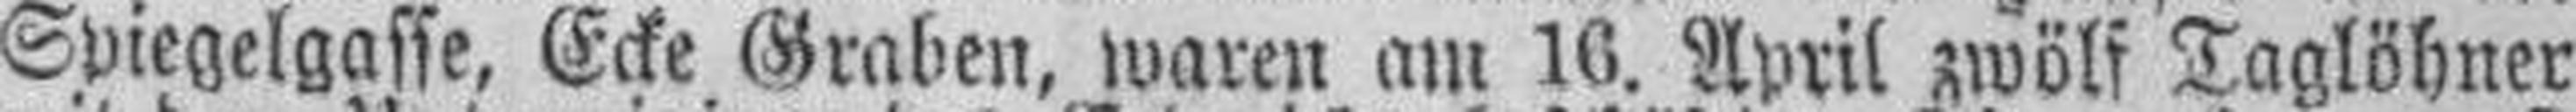
Spiegelgasse, Ecke Graben, waren am 16. April zwölf Taglöhner